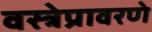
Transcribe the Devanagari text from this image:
वस्त्रेप्रावरणे